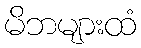
မိဘများထံ